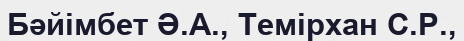
Бәйімбет Ә.А., Темірхан С.Р.,